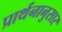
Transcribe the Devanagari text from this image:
प्रार्थनानुसार